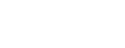
လမ်းခရီးတွင်